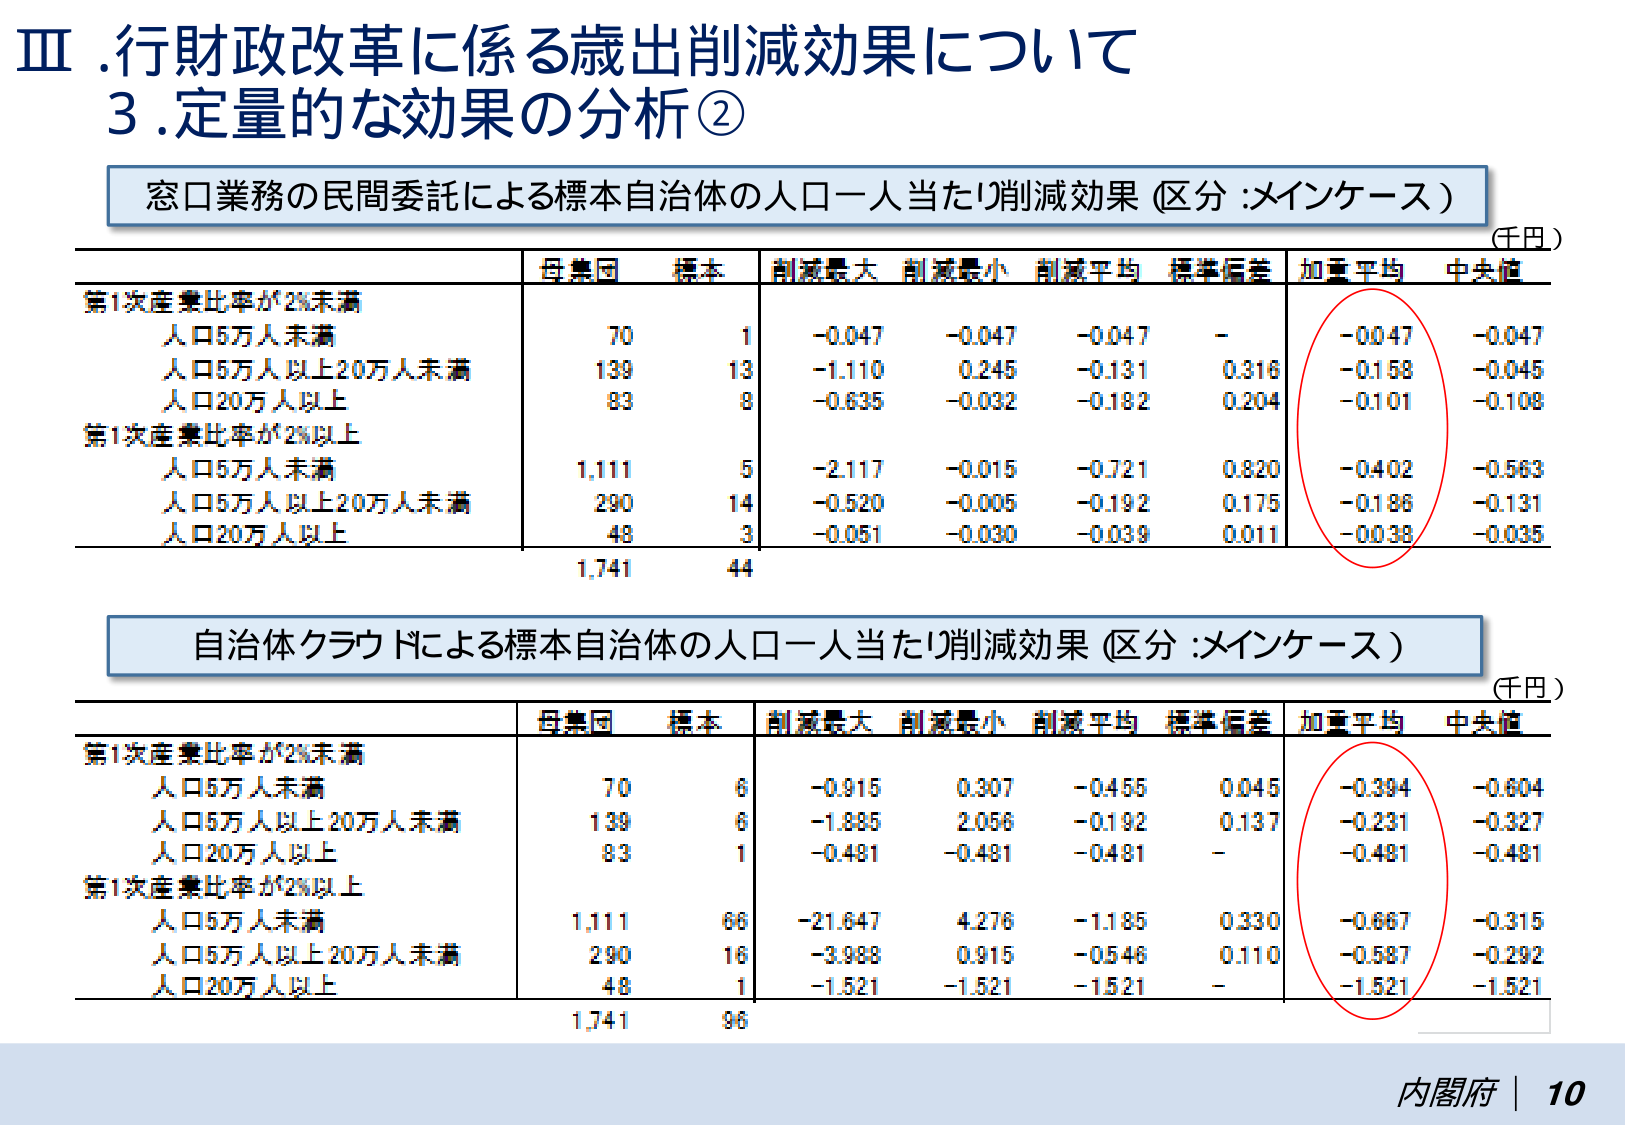
Ⅲ. 行財政改革に係る歳出削減効果について
3. 定量的な効果の分析②

窓口業務の民間委託による標本自治体の人口一人当たり削減効果（区分：メインケース）
（千円）

第1次産業比率が2%未満
　人口5万人未満　　70　　1　　-0.047　　-0.047　　-0.047　　-　　-0.047　　-0.047
　人口5万人以上20万人未満　　139　　13　　-1.110　　0.245　　-0.131　　0.316　　-0.158　　-0.045
　人口20万人以上　　83　　8　　-0.635　　-0.032　　-0.182　　0.204　　-0.101　　-0.108

第1次産業比率が2%以上
　人口5万人未満　　1,111　　5　　-2.117　　-0.015　　-0.721　　0.820　　-0.402　　-0.563
　人口5万人以上20万人未満　　290　　14　　-0.520　　-0.005　　-0.192　　0.175　　-0.186　　-0.131
　人口20万人以上　　48　　3　　-0.051　　-0.030　　-0.039　　0.011　　-0.038　　-0.035